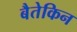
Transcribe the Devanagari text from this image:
बैतेकिन